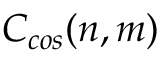
C _ { c o s } ( n , m )